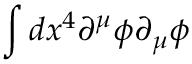
\int d x ^ { 4 } \partial ^ { \mu } \phi \partial _ { \mu } \phi